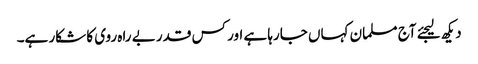
دیکھ لیجئے آج مسلمان کہاں جارہا ہے اور کس قدر بے راہ روی کا شکار ہے۔